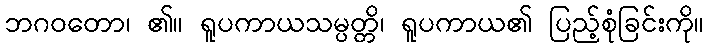
ဘဂဝတော၊ ၏။ ရူပကာယသမ္ပတ္တိ၊ ရူပကာယ၏ ပြည့်စုံခြင်းကို။